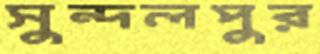
সুন্দলপুর